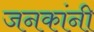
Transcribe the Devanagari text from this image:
जनकांनी